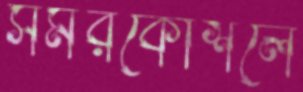
সমরকৌশলে